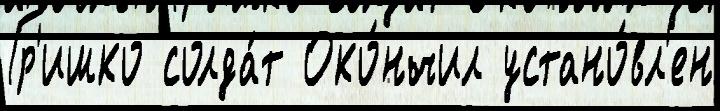
Гр'ишко солда́т Око́нчил устано́вл'ен